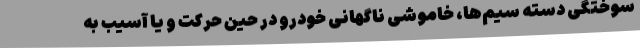
سوختگی دسته سیم‌ها، خاموشی ناگهانی خودرو در حین حرکت و یا آسیب به